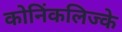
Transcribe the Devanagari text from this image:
कोनिंकलिज्के